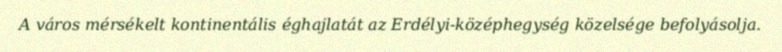
A város mérsékelt kontinentális éghajlatát az Erdélyi-középhegység közelsége befolyásolja.